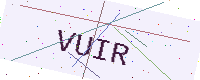
Text: VUIR